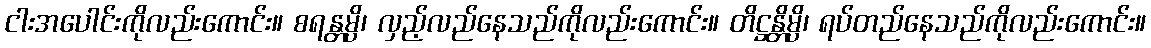
ငါးအပေါင်းကိုလည်းကောင်း။ စရန္တမ္ပိ၊ လှည့်လည်နေသည်ကိုလည်းကောင်း။ တိဋ္ဌန္တိမ္ပိ၊ ရပ်တည်နေသည်ကိုလည်းကောင်း။